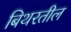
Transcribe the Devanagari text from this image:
बिथरतील